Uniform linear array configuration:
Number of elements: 12
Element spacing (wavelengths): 1
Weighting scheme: hann
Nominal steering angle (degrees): -15
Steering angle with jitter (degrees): -13.377
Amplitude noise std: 0.05
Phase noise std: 0.05

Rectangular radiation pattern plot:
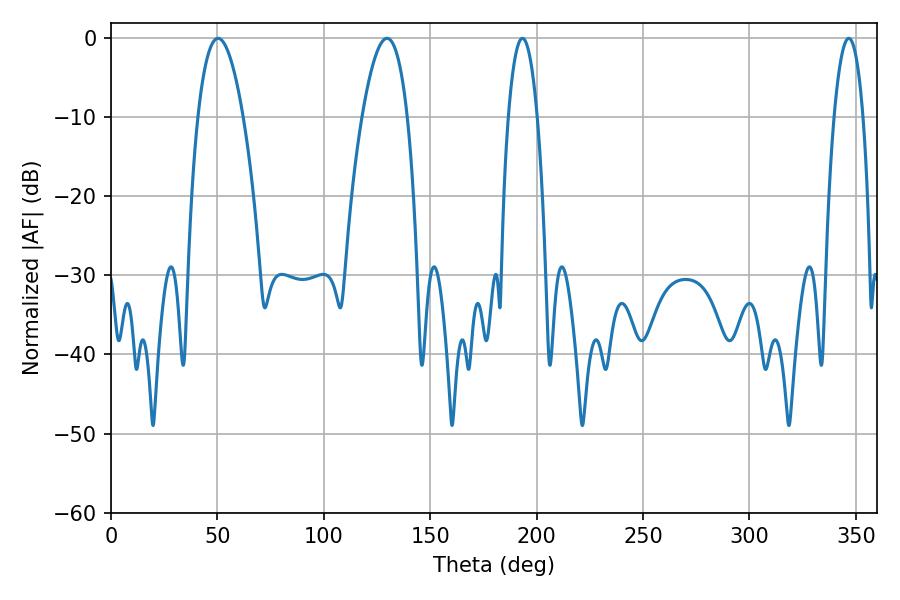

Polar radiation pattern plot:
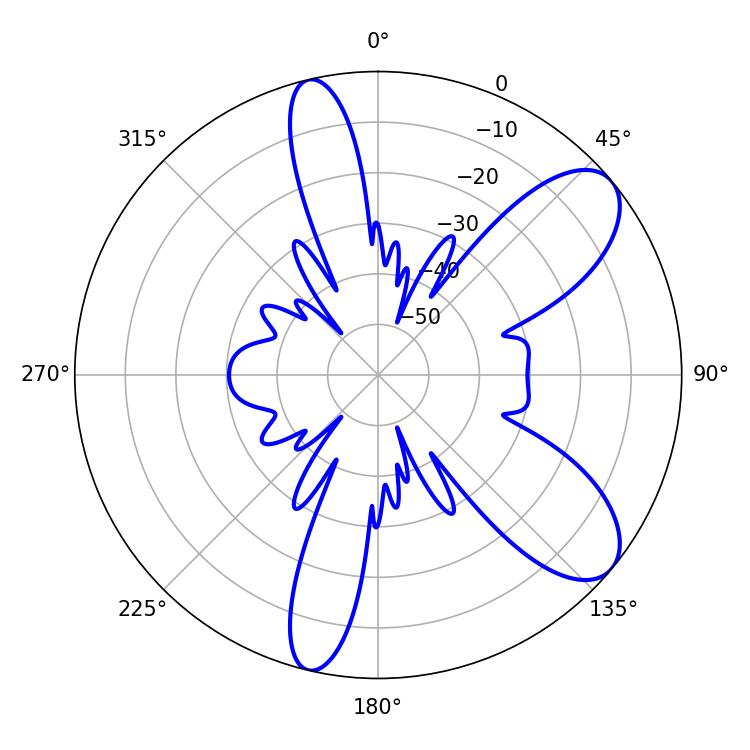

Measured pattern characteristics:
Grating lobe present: TRUE
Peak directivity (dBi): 8.633
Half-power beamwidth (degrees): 7.56
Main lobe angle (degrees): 193.32